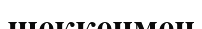
шеккенмен